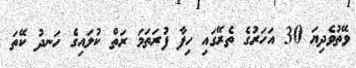
ވޭތުވެދިޔަ 30 އަހަރުގެ ތެރޭގައި ހިފާ ފުރަތަމަ ރަތް ކުލައިގެ ހަނދު ކޭތަ